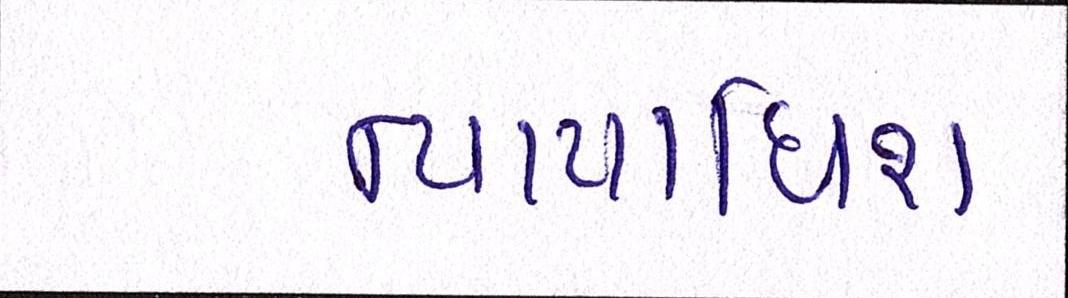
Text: ન્યાયાધિશ